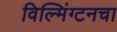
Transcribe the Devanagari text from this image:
विल्मिंग्टनचा